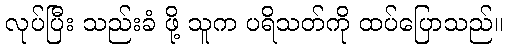
လုပ်ပြီး သည်းခံ ဖို့ သူက ပရိသတ်ကို ထပ်ပြောသည်။